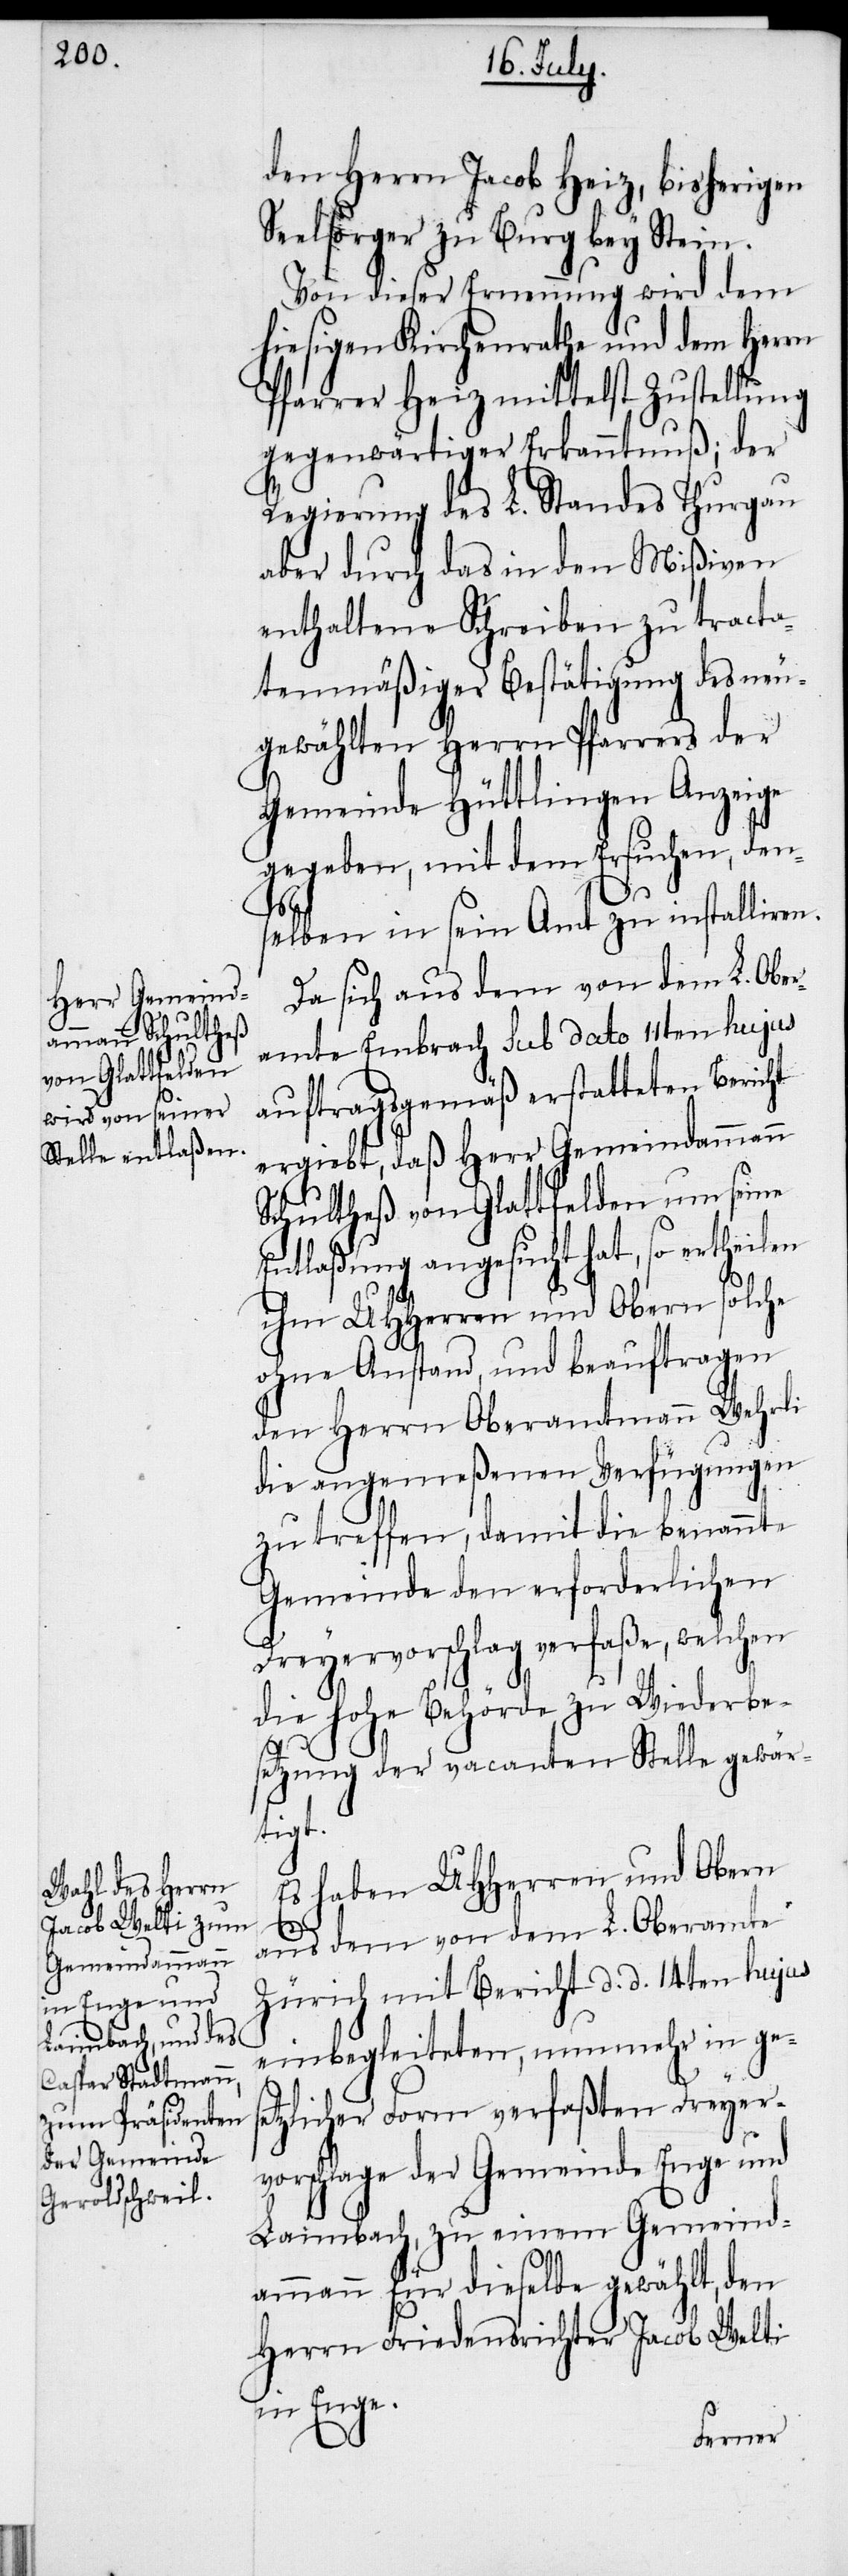
den Herrn Jacob Heiz, bisherigen
Seelsorger zu Burg bey Stein.
Von dieser Ernennung wird dem
hiesigen Kirchenrathe und dem Herrn
Pfarrer Heiz mittelst Zustellung
gegenwärtiger Erkanntnuß; der
Regierung des L. Standes Thurgau
aber durch das in den Mißiven
enthaltene Schreiben zu tracta¬
tenmäßiger Bestätigung der
Gemeinde Hüttlingen Anzeige
gegeben, mit dem Ersuchen, den¬
selben in sein Amt zu installiren.
Da sich aus dem von dem L. Obe¬
ramte Embrach sub dato 11ten hujus
auftragsgemäß erstatteten Bericht
ergiebt, daß Herr Gemeindammann
Schultheß von Glattfelden um seine
Entlaßung angesucht hat, so ertheilen
ihm UHHerren und Obern solche
ohne Anstand, und beauftragen
den Herrn Oberamtmann Wehrli
die angemeßenen Verfügungen
zu treffen, damit die benannte
Gemeinde den erforderlichen
Dreyervorschlag verfaße, welchen
die hohe Behörde zu Wiederbe¬
setzung der vacanten Stelle gewär¬
tigt.
Es haben UHHerren und Obern
aus dem von dem L. Oberamte
Zürich mit Bericht d. d. 14ten hujus
einbegleiteten, nunmehr in ges¬
etzlicher Form verfaßten Dreyer¬
vorschlage der Gemeinde Enge und
Laimbach, zu einem Gemeind¬
ammann für dieselbe gewählt, den
Herrn Friedensrichter Jacob Welti
in Enge.